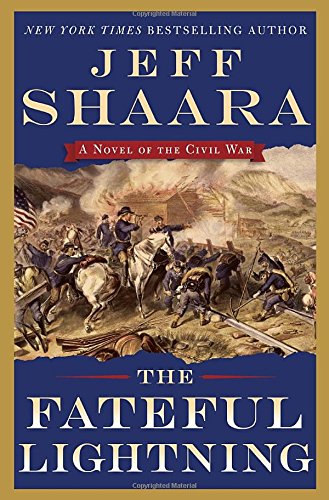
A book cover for The Fateful Lightning: A Novel of the Civil War; Jeff Shaara; Literature & Fiction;